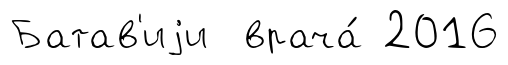
Батав'иjи врача́ 2016